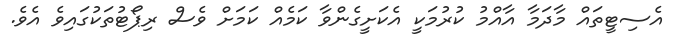
އެސިޓީތައް މާދަމާ އާއްމު ކުރުމަކީ އެކަށީގެންވާ ކަމެއް ކަމަށް ވެސް ރިޕޯޓުތަކުގައިވެ އެވެ.